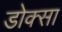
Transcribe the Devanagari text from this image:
डोक्सा